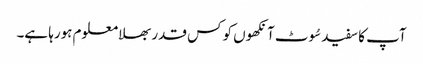
آپ کا سفید سُوٹ آنکھوں کو کس قدر بھلا معلوم ہورہا ہے۔